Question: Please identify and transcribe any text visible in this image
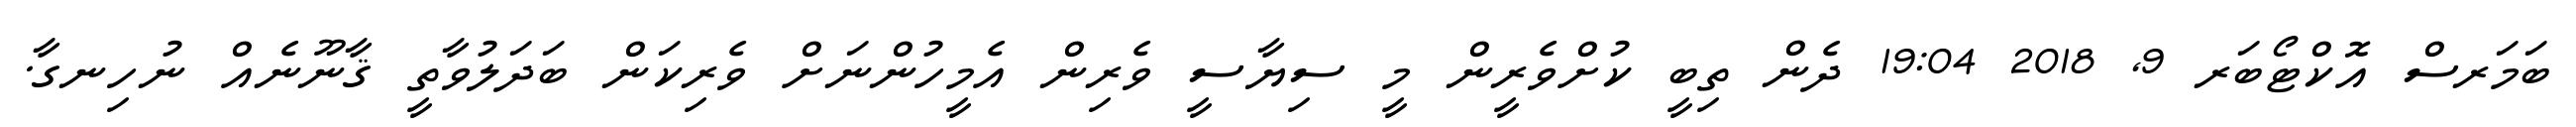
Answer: ބަމަރސް އޮކްޓޯބަރ 9, 2018 19:04 ދެން ތިބީ ކުށްވެރީން މީ ސިޔާސީ ވެރިން އެމީހުންނަށް ވެރިކަން ބަދަލުވާތީ ޤާނޫނެއް ނުހިނގާ.